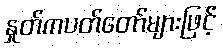
နှုတ်ကပတ်တော်များဖြင့်